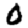
Digit: 0